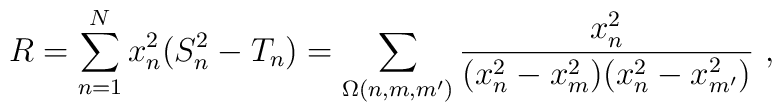
R=\sum_{n=1}^N x_n^2(S_n^2-T_n)=\sum_{\Omega(n,m,m')}         \frac{x_n^2}{(x_n^2-x_m^2)(x_n^2-x_{m'}^2)} \ ,